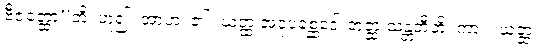
ဗီဇတ္ထော”တိ၊ ဟူ၍။ အာဟ၊ ၏။ ယတ္ထ အဝုပစ္ဆေဒေါ တတ္ထ သန္တတီတိ၊ ကား။ ယတ္ထ